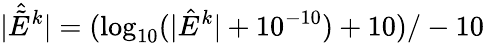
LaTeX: |\hat{\tilde{E}}^{k}|=(\log_{10}(|\hat{E}^{k}|+10^{-10})+10)/-10